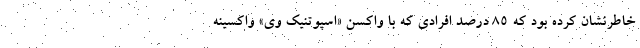
خاطرنشان کرده بود که ۸۵ درصد افرادی که با واکسن «اسپوتنیک وی» واکسینه